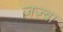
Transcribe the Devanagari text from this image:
ज़ज़्बा